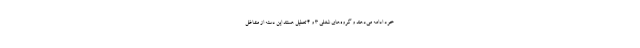
خود ادامه می‌دهند و گروه‌های شغلی 3 و 4 تعطیل هستند این دسته از مشاغل